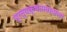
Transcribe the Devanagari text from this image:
प्रत्यक्षतावादाला